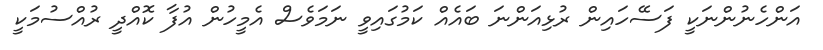
އަންހެނުންނަކީ ފަސޭހައިން ރުޅިއަންނަ ބައެއް ކަމުގައިވީ ނަމަވެސް އެމީހުން އުފާ ކޮއްދީ ރުއްސުމަކީ